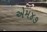
એમ૪૭